Report of the Indian Hemp Drugs Commission, 1894-1895 - Volume IV
Year: 1894
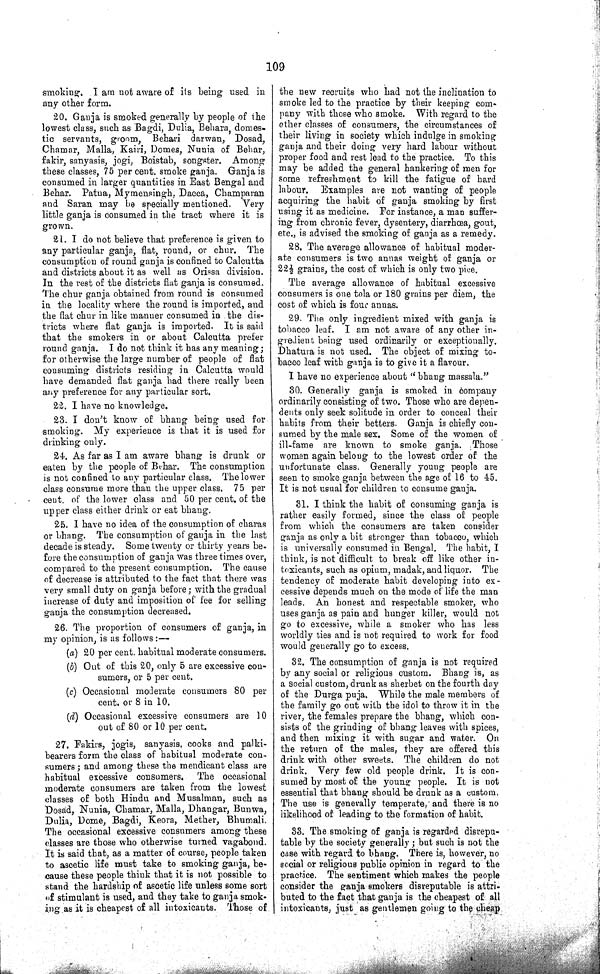
109
smoking. I am not aware of its being used in
any other form.
20. Ganja is smoked generally by people of the
lowest class, such as Bagdi, Dulia, Behara, domes.
tic servants, groom, Behari darwan, Dosad,
Chamar, Malla, Kairi, Domes, Nunia of Behar,
fakir, sanyasis, jogi, Boistab, songster. Among
these classes, 75 per cent. smoke ganja. Ganja is
consumed in larger quantities in East Bengal and
Behar. Patna, Mymensingh. Dacca, Champaran
and Saran may be specially mentioned. Very
little ganja is consumed in the tract where it is
grown.
21. I do not believe that preference is given to
any particular ganja, flat, round, or chur. The
consumption of round ganja is confined to Calcutta
and districts about it as well as Orissa division.
In the rest of the districts flat ganja is consumed.
The chur ganja obtained from round is consumed
in the locality where the round is imported, and
the flat chur in like manner consumed in the dis¬
tricts where flat ganja is imported. It is said
that the smokers in or about Calcutta prefer
round ganja. I do not think it has any meaning;
for otherwise the large number of people of flat
consuming districts residing in Calcutta would
have demanded flat ganja had there really been
any preference for any particular sort.
22. I have no knowledge.
23. I don't know of bhang being used for
smoking. My experience is that it is used for
drinking only.
24. As far as I am aware bhang is drunk or
eaten by the people of Behar. The consumption
is not confined to any particular class. The lower
class consume more than the upper class. 75 per
cent. of the lower class and 50 per cent. of the
upper class either drink or eat bhang.
25. I have no idea of the consumption of charas
or bhang. The consumption of ganja in the last
decade is steady. Some twenty or thirty years be¬
fore the consumption of ganja was three times over,
compared to the present consumption. The cause
of decrease is attributed to the fact that there was
very small duty on ganja before; with the gradual
increase of duty and imposition of fee for selling
ganja the consumption decreased.
26. The proportion of consumers of ganja, in
my opinion, is as follows:—
(a) 20 per cent. habitual moderate consumers.
(b) Out of this 20, only 5 are excessive con¬
sumers, or 5 per cent.
(c) Occasional moderate consumers 80 per
cent. or 8 in 10.
(d) Occasional excessive consumers are 10
out of 80 or 10 per cent.
27. Fakirs, jogis, sanyasis, cooks and palki-
bearers form the class of habitual moderate con¬
sumers; and among these the mendicant class are
habitual excessive consumers. The occasional
moderate consumers are taken from the lowest
classes of both Hindu and Musalman, such as
Dosad, Nunia, Chamar, Malla, Dhangar, Bunwa,
Dulia, Dome, Bagdi, Keora, Mether, Bhumali.
The occasional excessive consumers among these
classes are those who otherwise turned vagabond.
It is said that, as a matter of course, people taken
to ascetic life must take to smoking ganja, be¬
cause these people think that it is not possible to
stand the hardship of ascetic life unless some sort
of stimulant is used, and they take to ganja smok¬
ing as it is cheapest of all intoxicants. Those of
the new recruits who had not the inclination to
smoke led to the practice by their keeping com¬
pany with those who smoke. With regard to the
other classes of consumers, the circumstances of
their living in society which indulge in smoking
ganja and their doing very hard labour without
proper food and rest lead to the practice. To this
may be added the general hankering of men for
some refreshment to kill the fatigue of hard
labour. Examples are not wanting of people
acquiring the habit of ganja smoking by first
using it as medicine. For instance, a man suffer¬
ing from chronic fever, dysentery, diarrhœa, gout,
etc., is advised the smoking of ganja as a remedy.
28. The average allowance of habitual moder¬
ate consumers is two annas weight of ganja or
22½ grains, the cost of which is only two pice.
The average allowance of habitual excessive
consumers is one tola or 180 grains per diem, the
cost of which is four annas.
29. The only ingredient mixed with ganja is
tobacco leaf. I am not aware of any other in¬
gredient being used ordinarily or exceptionally.
Dhatura is not used. The object of mixing to¬
bacco leaf with ganja is to give it a flavour.
I have no experience about " bhang massala."
30. Generally ganja is smoked in company
ordinarily consisting of two. Those who are depen¬
dents only seek solitude in order to conceal their
habits from their betters. Ganja is chiefly con¬
sumed by the male sex. Some of the women of
ill-fame are known to smoke ganja. Those
women again belong to the lowest order of the
unfortunate class. Generally young people are
seen to smoke ganja between the age of 16 to 45.
It is not usual for children to consume ganja.
31. I think the habit of consuming ganja is
rather easily formed, since the class of people
from which the consumers are taken consider
ganja as only a bit stronger than tobacco, which
is universally consumed in Bengal. The habit, I
think, is not difficult to break off like other in¬
toxicants, such as opium, madak, and liquor. The
tendency of moderate habit developing into ex¬
cessive depends much on the mode of life the man
leads. An honest and respectable smoker, who
uses ganja as pain and hunger killer, would not
go to excessive, while a smoker who has less
worldly ties and is not required to work for food
would generally go to excess.
32. The consumption of ganja is not required
by any social or religious custom. Bhang is, as
a social custom, drunk as sherbet on the fourth day
of the Durga puja. While the male members of
the family go out with the idol to throw it in the
river, the females prepare the bhang, which con¬
sists of the grinding of bhang leaves with spices,
and then mixing it with sugar and water. On
the return of the males, they are offered this
drink with other sweets. The children do not
drink. Very few old people drink. It is con¬
sumed by most of the young people. It is not
essential that bhang should be drunk as a custom.
The use is generally temperate, and there is no
likelihood of leading to the formation of habit.
33. The smoking of ganja is regarded disrepu¬
table by the society generally; but such is not the
case with regard to bhang. There is, however, no
social or religious public opinion in regard to the
practice. The sentiment which makes the people
consider the ganja smokers disreputable is attri¬
buted to the fact that ganja is the cheapest of all
intoxicants, just as gentlemen going to the cheap